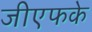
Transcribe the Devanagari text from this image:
जीएफके